Lunatic asylums Madras 1877-1891 - 1877-1891
Year: 1877
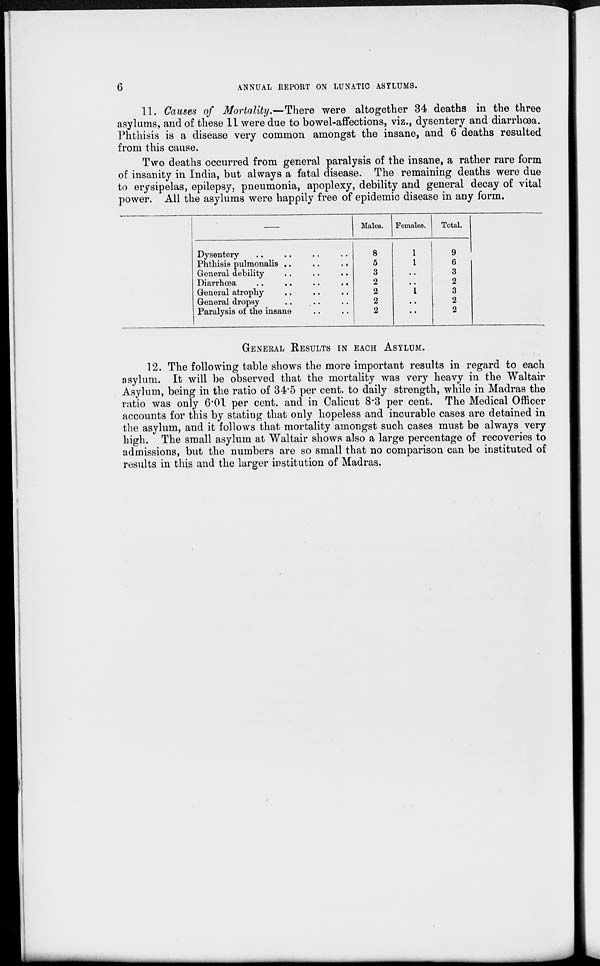
6
ANNUAL REPORT ON LUNATIC ASYLUMS.
11. Causes of Mortality.—There were altogether 34 deaths in the three
asylums, and of these 11 were due to bowel-affections, viz., dysentery and diarrhoea.
Phthisis is a disease very common amongst the insane, and 6 deaths resulted
from this cause.
Two deaths occurred from general paralysis of the insane, a rather rare form
of insanity in India, but always a fatal disease. The remaining deaths were due
to erysipelas, epilepsy, pneumonia, apoplexy, debility and general decay of vital
power. All the asylums were happily free of epidemic disease in any form.
Dysentery .. .. .. ..
Phthisis pulmonalis ..
..
..
General debility .. .. ..
Diarrhœa .. .. .. .. ..
General atrophy .. .. .. ..
General dropsy .. .. .. ..
Paralysis of the insane
Males.
8
5
3
2
2
2
2
Females.
1
1
..
..
1
..
..
Total.
9
6
3
2
3
2
2
GENERAL RESULTS IN EACH ASYLUM.
12. The following table shows the more important results in regard to each
asylum. It will be observed that the mortality was very heavy in the Waltair
Asylum, being in the ratio of 34.5 per cent. to daily strength, while in Madras the
ratio was only 6.01 per cent. and in Calicut 8.3 per cent. The Medical Officer
accounts for this by stating that only hopeless and incurable cases are detained in
the asylum, and it follows that mortality amongst such cases must be always very
high. The small asylum at Waltair shows also a large percentage of recoveries to
admissions, but the numbers are so small that no comparison can be instituted of
results in this and the larger institution of Madras.